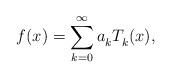
LaTeX: \begin{align*}f(x) = \sum_{k=0}^\infty a_k^{} T_k^{}(x),\end{align*}